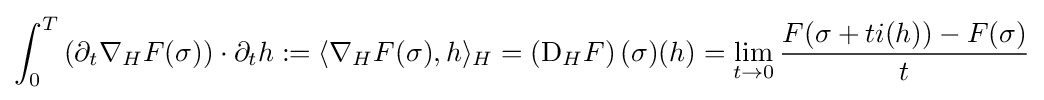
\int _{0}^{T}\left(\partial _{t}\nabla _{H}F(\sigma )\right)\cdot \partial _{t}h:=\langle \nabla _{H}F(\sigma ),h\rangle _{H}=\left(\mathrm {D} _{H}F\right)(\sigma )(h)=\lim _{t\to 0}{\frac {F(\sigma +ti(h))-F(\sigma )}{t}}